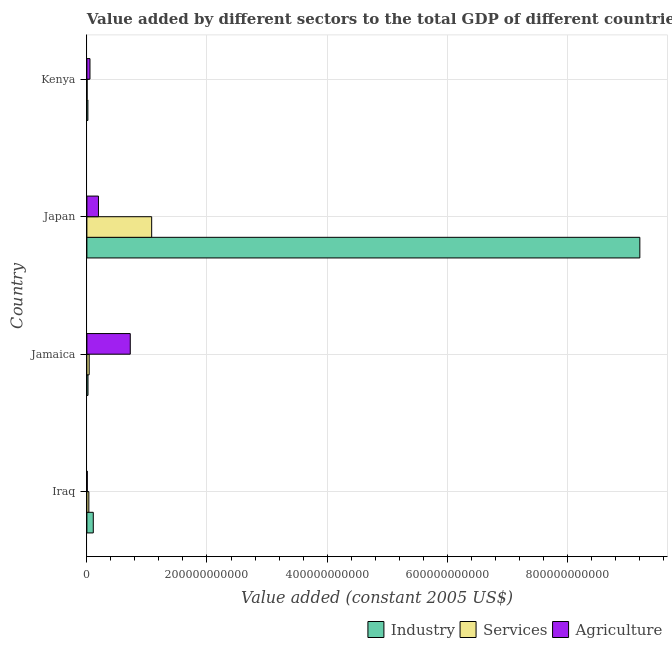
| Country | Industry | Services | Agriculture |
 | --- | --- | --- | --- |
 | Iraq | 1.06e+10 | 3.24e+09 | 6.43e+08 |
 | Jamaica | 1.85e+09 | 3.8e+09 | 7.22e+10 |
 | Japan | 9.21e+11 | 1.08e+11 | 1.92e+10 |
 | Kenya | 1.66e+09 | 3.21e+08 | 5.13e+09 |